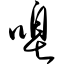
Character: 唣